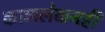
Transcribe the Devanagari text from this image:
काव्यलेखनही